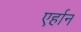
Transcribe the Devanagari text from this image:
एर्हान